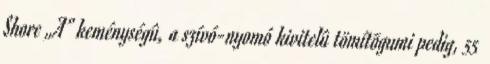
Shore „A” keménységû, a szívó-nyomó kivitelû tömítõgumi pedig, 55